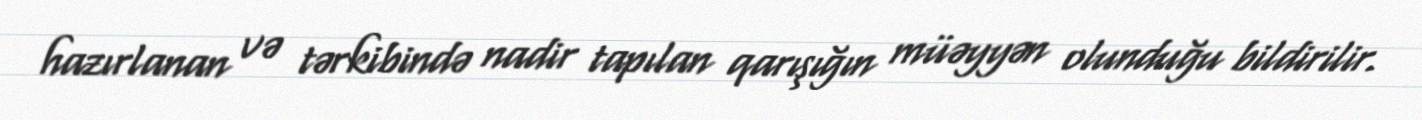
hazırlanan və tərkibində nadir tapılan qarışığın müəyyən olunduğu bildirilir.